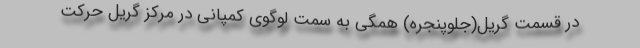
در قسمت گریل(جلوپنجره) همگی به سمت لوگوی کمپانی در مرکز گریل حرکت